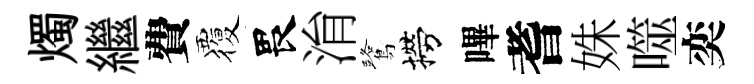
燭繼費覆畏㳙鷺撈嗶耆姝噬奕